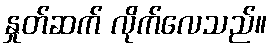
နှုတ်ဆက် လိုက်လေသည်။